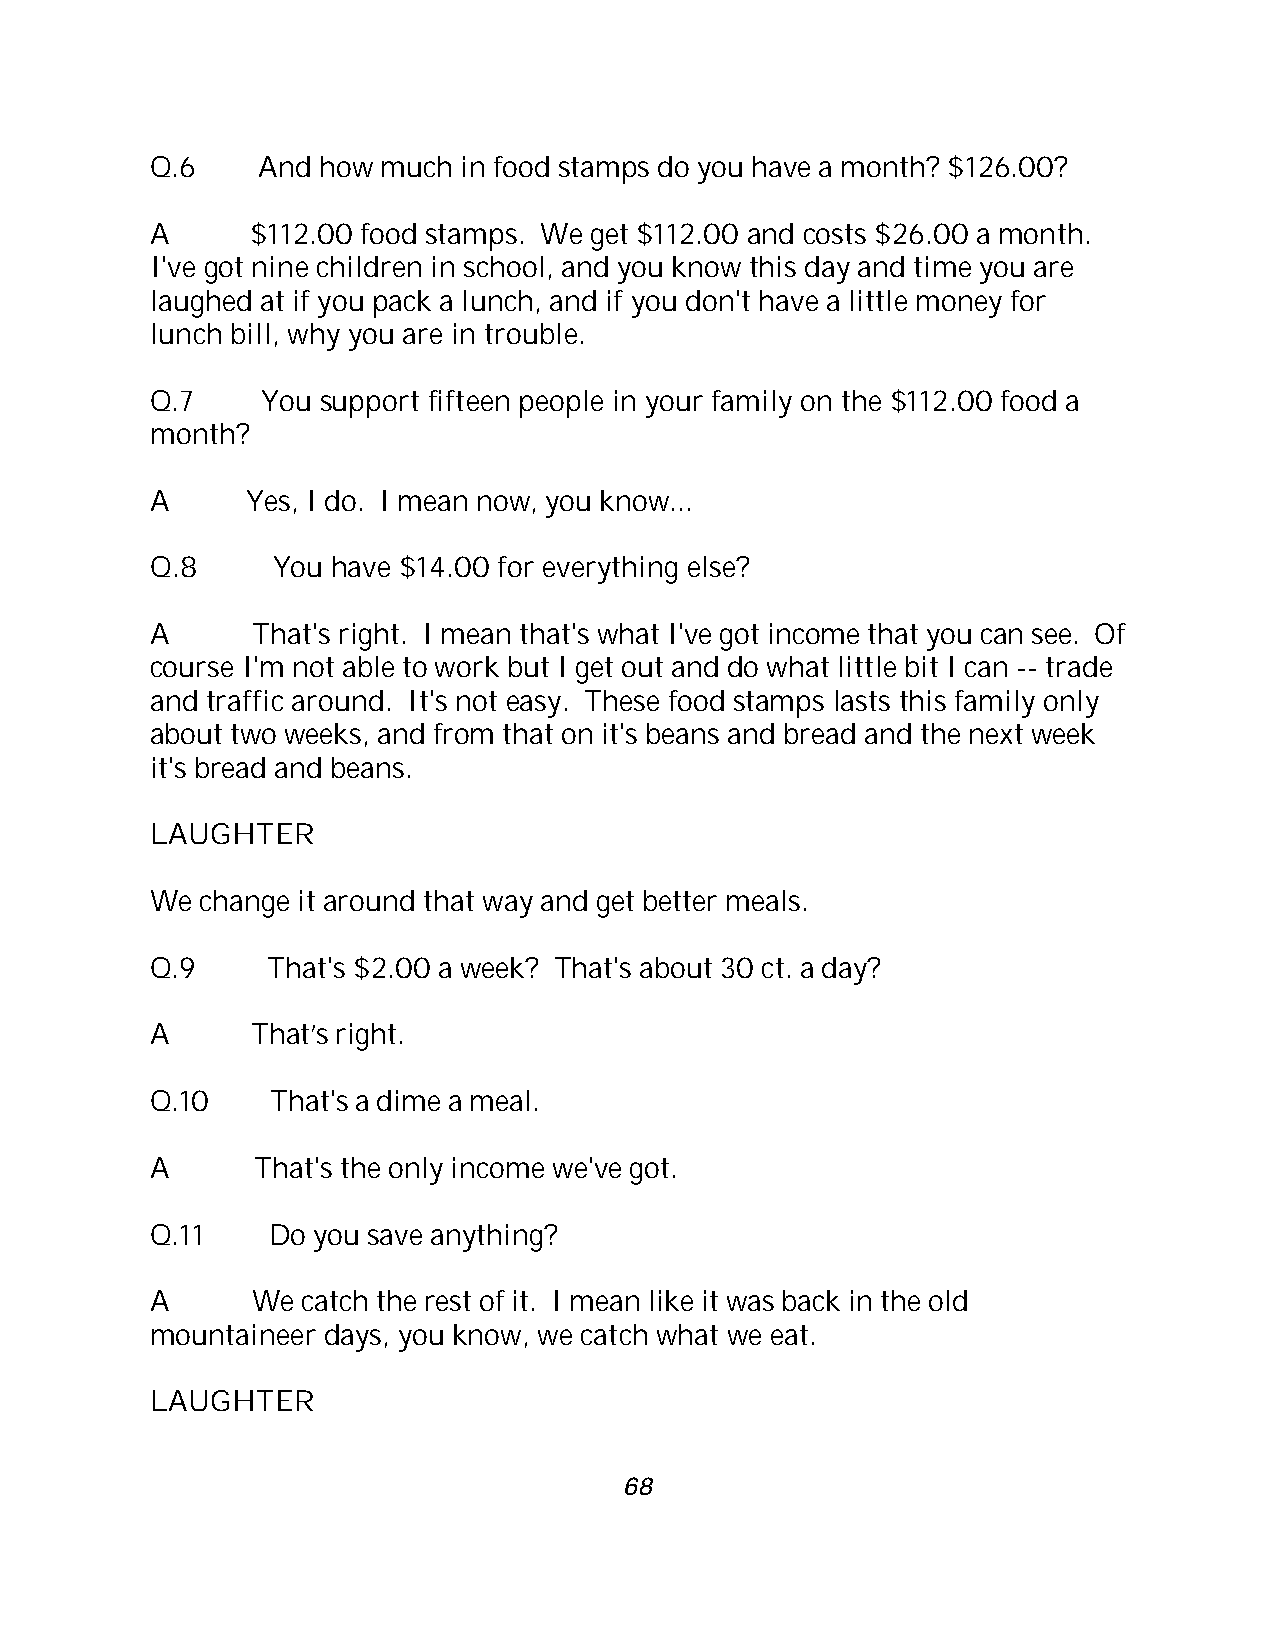
Q.6    And how much  in food stamps do you have a month? $126.00?
 A      $112.00 food stamps. We get $112.00 and costs $26.00 a month.
 I've got nine children in school, and you know this day and time you are
 laughed at if you pack a lunch, and if you don't have a little money for
 lunch bill, why you are in trouble.
 Q.7    You support fifteen people in your family on the $112.00 food a
 month?
 A     Yes, I do. I mean now, you know...
 Q.8     You have $14.00 for everything else?
 A      That's right. I mean that's what I've got income that you can see. Of
 course I'm not able to work but I get out and do what little bit I can -- trade
 and traffic around. It's not easy. These food stamps lasts this family only
 about two weeks, and from that on it's beans and bread and the next week
 it's bread and beans.
 LAUGHTER
 We change it around that way and get better meals.
 Q.9     That's $2.00 a week? That's about 30 ct. a day?
 A      That’s right.
 Q.10    That's a dime a meal.
 A      That's the only income we've got.
 Q.11    Do you save anything?
 A      We catch the rest of it. I mean like it was back in the old
 mountaineer days, you know, we catch what we eat.
 LAUGHTER
 68